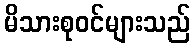
မိသားစုဝင်များသည်